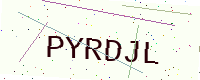
Text: PYRDJL